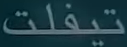
تيفات